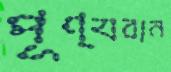
পূণ্যবান